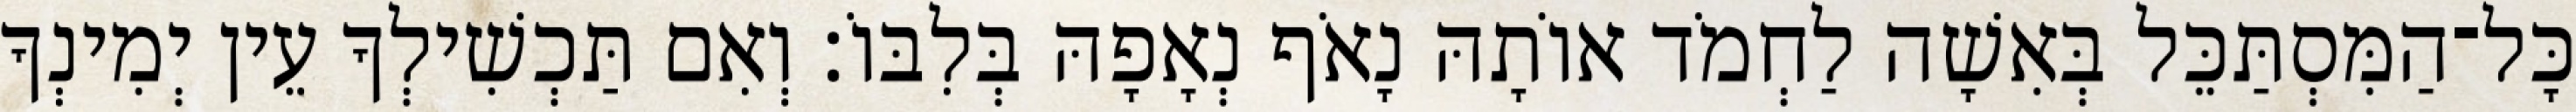
כָּל־הַמִּסְתַּכֵּל בְּאִשָׁה לַחְמֹד אוֹתָהּ נָאֹף נְאָפָהּ בְּלִבּוֹ׃ וְאִם תַּכְשִׁילְךָ עֵין יְמִינְךָ